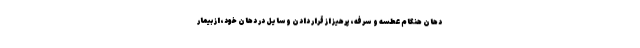
دهان هنگام عطسه و سرفه، پرهیز از قرار دادن وسایل در دهان خود، از بیمار